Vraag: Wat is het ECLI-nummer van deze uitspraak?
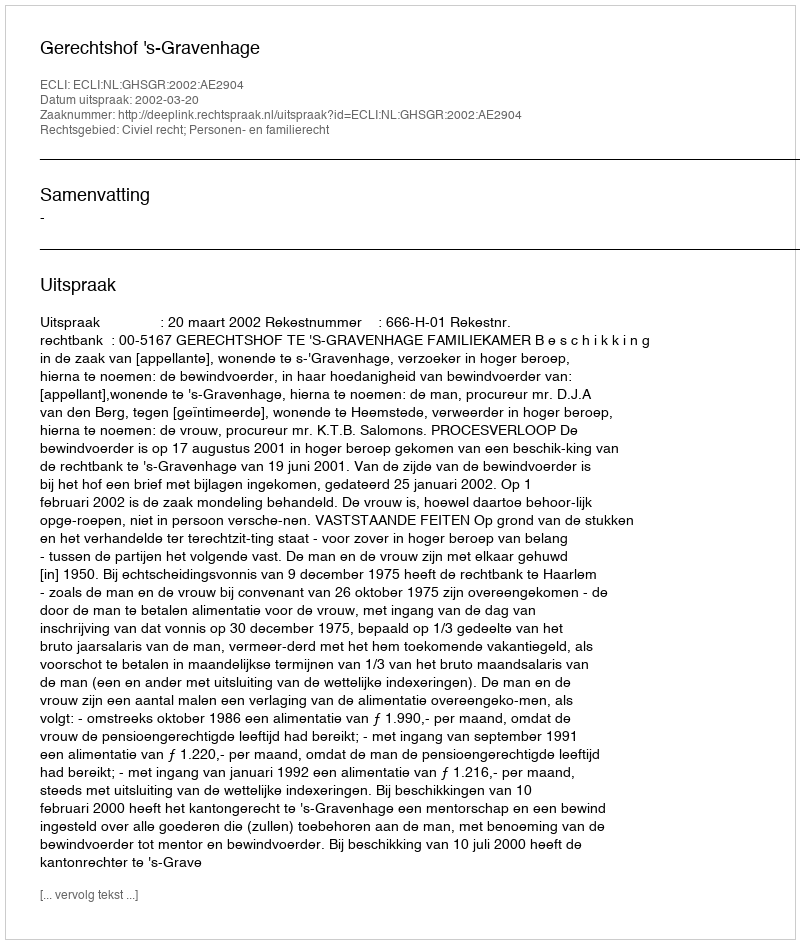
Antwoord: ECLI:NL:GHSGR:2002:AE2904